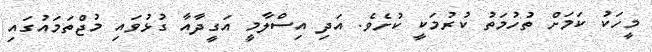
މީހަކު ކަމަށް ތުހުމަތު ކުރުމަކީ ކުށެވެ. އަދި އިސްލާމީ އަގީދާއާ ގުޅުވައި މުޖްތަމައުގައި